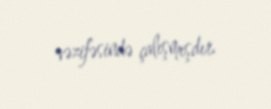
vəzifəsində çalışmışdır.